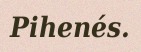
Pihenés.